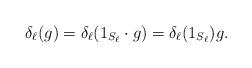
LaTeX: \begin{align*}\delta_\ell(g) = \delta_\ell(1_{S_\ell} \cdot g) = \delta_\ell(1_{S_\ell}) g.\end{align*}